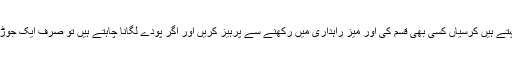
ڈیکوریٹر کہتے ہیں کرسیاں کسی بھی قسم کی اور میز راہداری میں رکھنے سے پرہیز کریں اور اگر پودے لگانا چاہتے ہیں تو صرف ایک جوڑا ہی رکھیں۔